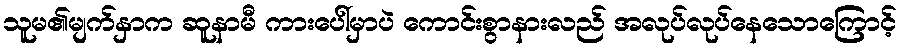
သူမ၏မျက်နှာက ဆူနာမီ ကားပေါ်မှာပဲ ကောင်းစွာနားလည် အလုပ်လုပ်နေသောကြောင့်